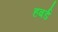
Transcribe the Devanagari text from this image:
हबर्ड